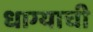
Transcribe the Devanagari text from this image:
धाग्याची